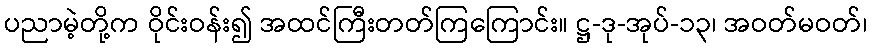
ပညာမဲ့တို့က ဝိုင်းဝန်း၍ အထင်ကြီးတတ်ကြကြောင်း။ ဋ္ဌ-ဒု-အုပ်-၁၃၊ အဝတ်မဝတ်၊